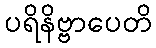
ပရိနိဗ္ဗာပေတိ